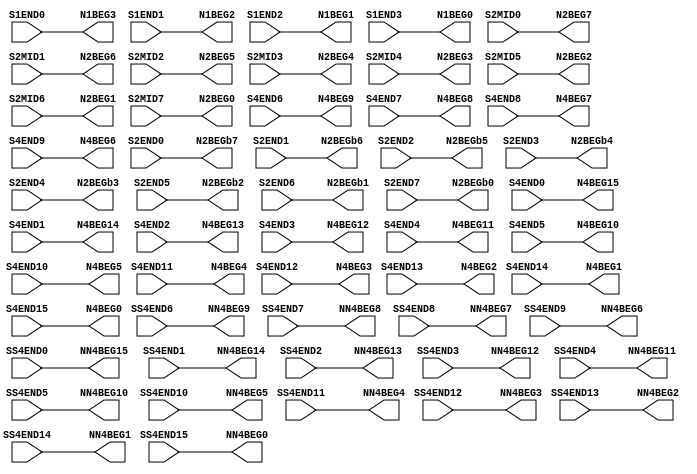
//NumberOfConfigBits:0
module S_term_DSP_switch_matrix (S1END0, S1END1, S1END2, S1END3, S2MID0, S2MID1, S2MID2, S2MID3, S2MID4, S2MID5, S2MID6, S2MID7, S2END0, S2END1, S2END2, S2END3, S2END4, S2END5, S2END6, S2END7, S4END0, S4END1, S4END2, S4END3, S4END4, S4END5, S4END6, S4END7, S4END8, S4END9, S4END10, S4END11, S4END12, S4END13, S4END14, S4END15, SS4END0, SS4END1, SS4END2, SS4END3, SS4END4, SS4END5, SS4END6, SS4END7, SS4END8, SS4END9, SS4END10, SS4END11, SS4END12, SS4END13, SS4END14, SS4END15, N1BEG0, N1BEG1, N1BEG2, N1BEG3, N2BEG0, N2BEG1, N2BEG2, N2BEG3, N2BEG4, N2BEG5, N2BEG6, N2BEG7, N2BEGb0, N2BEGb1, N2BEGb2, N2BEGb3, N2BEGb4, N2BEGb5, N2BEGb6, N2BEGb7, N4BEG0, N4BEG1, N4BEG2, N4BEG3, N4BEG4, N4BEG5, N4BEG6, N4BEG7, N4BEG8, N4BEG9, N4BEG10, N4BEG11, N4BEG12, N4BEG13, N4BEG14, N4BEG15, NN4BEG0, NN4BEG1, NN4BEG2, NN4BEG3, NN4BEG4, NN4BEG5, NN4BEG6, NN4BEG7, NN4BEG8, NN4BEG9, NN4BEG10, NN4BEG11, NN4BEG12, NN4BEG13, NN4BEG14, NN4BEG15);
	parameter NoConfigBits = 0;
	 // switch matrix inputs
	input S1END0;
	input S1END1;
	input S1END2;
	input S1END3;
	input S2MID0;
	input S2MID1;
	input S2MID2;
	input S2MID3;
	input S2MID4;
	input S2MID5;
	input S2MID6;
	input S2MID7;
	input S2END0;
	input S2END1;
	input S2END2;
	input S2END3;
	input S2END4;
	input S2END5;
	input S2END6;
	input S2END7;
	input S4END0;
	input S4END1;
	input S4END2;
	input S4END3;
	input S4END4;
	input S4END5;
	input S4END6;
	input S4END7;
	input S4END8;
	input S4END9;
	input S4END10;
	input S4END11;
	input S4END12;
	input S4END13;
	input S4END14;
	input S4END15;
	input SS4END0;
	input SS4END1;
	input SS4END2;
	input SS4END3;
	input SS4END4;
	input SS4END5;
	input SS4END6;
	input SS4END7;
	input SS4END8;
	input SS4END9;
	input SS4END10;
	input SS4END11;
	input SS4END12;
	input SS4END13;
	input SS4END14;
	input SS4END15;
	output N1BEG0;
	output N1BEG1;
	output N1BEG2;
	output N1BEG3;
	output N2BEG0;
	output N2BEG1;
	output N2BEG2;
	output N2BEG3;
	output N2BEG4;
	output N2BEG5;
	output N2BEG6;
	output N2BEG7;
	output N2BEGb0;
	output N2BEGb1;
	output N2BEGb2;
	output N2BEGb3;
	output N2BEGb4;
	output N2BEGb5;
	output N2BEGb6;
	output N2BEGb7;
	output N4BEG0;
	output N4BEG1;
	output N4BEG2;
	output N4BEG3;
	output N4BEG4;
	output N4BEG5;
	output N4BEG6;
	output N4BEG7;
	output N4BEG8;
	output N4BEG9;
	output N4BEG10;
	output N4BEG11;
	output N4BEG12;
	output N4BEG13;
	output N4BEG14;
	output N4BEG15;
	output NN4BEG0;
	output NN4BEG1;
	output NN4BEG2;
	output NN4BEG3;
	output NN4BEG4;
	output NN4BEG5;
	output NN4BEG6;
	output NN4BEG7;
	output NN4BEG8;
	output NN4BEG9;
	output NN4BEG10;
	output NN4BEG11;
	output NN4BEG12;
	output NN4BEG13;
	output NN4BEG14;
	output NN4BEG15;
	//global


	parameter GND0 = 1'b0;
	parameter GND = 1'b0;
	parameter VCC0 = 1'b1;
	parameter VCC = 1'b1;
	parameter VDD0 = 1'b1;
	parameter VDD = 1'b1;
	
	wire [1-1:0] N1BEG0_input;
	wire [1-1:0] N1BEG1_input;
	wire [1-1:0] N1BEG2_input;
	wire [1-1:0] N1BEG3_input;
	wire [1-1:0] N2BEG0_input;
	wire [1-1:0] N2BEG1_input;
	wire [1-1:0] N2BEG2_input;
	wire [1-1:0] N2BEG3_input;
	wire [1-1:0] N2BEG4_input;
	wire [1-1:0] N2BEG5_input;
	wire [1-1:0] N2BEG6_input;
	wire [1-1:0] N2BEG7_input;
	wire [1-1:0] N2BEGb0_input;
	wire [1-1:0] N2BEGb1_input;
	wire [1-1:0] N2BEGb2_input;
	wire [1-1:0] N2BEGb3_input;
	wire [1-1:0] N2BEGb4_input;
	wire [1-1:0] N2BEGb5_input;
	wire [1-1:0] N2BEGb6_input;
	wire [1-1:0] N2BEGb7_input;
	wire [1-1:0] N4BEG0_input;
	wire [1-1:0] N4BEG1_input;
	wire [1-1:0] N4BEG2_input;
	wire [1-1:0] N4BEG3_input;
	wire [1-1:0] N4BEG4_input;
	wire [1-1:0] N4BEG5_input;
	wire [1-1:0] N4BEG6_input;
	wire [1-1:0] N4BEG7_input;
	wire [1-1:0] N4BEG8_input;
	wire [1-1:0] N4BEG9_input;
	wire [1-1:0] N4BEG10_input;
	wire [1-1:0] N4BEG11_input;
	wire [1-1:0] N4BEG12_input;
	wire [1-1:0] N4BEG13_input;
	wire [1-1:0] N4BEG14_input;
	wire [1-1:0] N4BEG15_input;
	wire [1-1:0] NN4BEG0_input;
	wire [1-1:0] NN4BEG1_input;
	wire [1-1:0] NN4BEG2_input;
	wire [1-1:0] NN4BEG3_input;
	wire [1-1:0] NN4BEG4_input;
	wire [1-1:0] NN4BEG5_input;
	wire [1-1:0] NN4BEG6_input;
	wire [1-1:0] NN4BEG7_input;
	wire [1-1:0] NN4BEG8_input;
	wire [1-1:0] NN4BEG9_input;
	wire [1-1:0] NN4BEG10_input;
	wire [1-1:0] NN4BEG11_input;
	wire [1-1:0] NN4BEG12_input;
	wire [1-1:0] NN4BEG13_input;
	wire [1-1:0] NN4BEG14_input;
	wire [1-1:0] NN4BEG15_input;


// The configuration bits (if any) are just a long shift register

// This shift register is padded to an even number of flops/latches
// switch matrix multiplexer  N1BEG0 		MUX-1
	assign N1BEG0 = S1END3;
// switch matrix multiplexer  N1BEG1 		MUX-1
	assign N1BEG1 = S1END2;
// switch matrix multiplexer  N1BEG2 		MUX-1
	assign N1BEG2 = S1END1;
// switch matrix multiplexer  N1BEG3 		MUX-1
	assign N1BEG3 = S1END0;
// switch matrix multiplexer  N2BEG0 		MUX-1
	assign N2BEG0 = S2MID7;
// switch matrix multiplexer  N2BEG1 		MUX-1
	assign N2BEG1 = S2MID6;
// switch matrix multiplexer  N2BEG2 		MUX-1
	assign N2BEG2 = S2MID5;
// switch matrix multiplexer  N2BEG3 		MUX-1
	assign N2BEG3 = S2MID4;
// switch matrix multiplexer  N2BEG4 		MUX-1
	assign N2BEG4 = S2MID3;
// switch matrix multiplexer  N2BEG5 		MUX-1
	assign N2BEG5 = S2MID2;
// switch matrix multiplexer  N2BEG6 		MUX-1
	assign N2BEG6 = S2MID1;
// switch matrix multiplexer  N2BEG7 		MUX-1
	assign N2BEG7 = S2MID0;
// switch matrix multiplexer  N2BEGb0 		MUX-1
	assign N2BEGb0 = S2END7;
// switch matrix multiplexer  N2BEGb1 		MUX-1
	assign N2BEGb1 = S2END6;
// switch matrix multiplexer  N2BEGb2 		MUX-1
	assign N2BEGb2 = S2END5;
// switch matrix multiplexer  N2BEGb3 		MUX-1
	assign N2BEGb3 = S2END4;
// switch matrix multiplexer  N2BEGb4 		MUX-1
	assign N2BEGb4 = S2END3;
// switch matrix multiplexer  N2BEGb5 		MUX-1
	assign N2BEGb5 = S2END2;
// switch matrix multiplexer  N2BEGb6 		MUX-1
	assign N2BEGb6 = S2END1;
// switch matrix multiplexer  N2BEGb7 		MUX-1
	assign N2BEGb7 = S2END0;
// switch matrix multiplexer  N4BEG0 		MUX-1
	assign N4BEG0 = S4END15;
// switch matrix multiplexer  N4BEG1 		MUX-1
	assign N4BEG1 = S4END14;
// switch matrix multiplexer  N4BEG2 		MUX-1
	assign N4BEG2 = S4END13;
// switch matrix multiplexer  N4BEG3 		MUX-1
	assign N4BEG3 = S4END12;
// switch matrix multiplexer  N4BEG4 		MUX-1
	assign N4BEG4 = S4END11;
// switch matrix multiplexer  N4BEG5 		MUX-1
	assign N4BEG5 = S4END10;
// switch matrix multiplexer  N4BEG6 		MUX-1
	assign N4BEG6 = S4END9;
// switch matrix multiplexer  N4BEG7 		MUX-1
	assign N4BEG7 = S4END8;
// switch matrix multiplexer  N4BEG8 		MUX-1
	assign N4BEG8 = S4END7;
// switch matrix multiplexer  N4BEG9 		MUX-1
	assign N4BEG9 = S4END6;
// switch matrix multiplexer  N4BEG10 		MUX-1
	assign N4BEG10 = S4END5;
// switch matrix multiplexer  N4BEG11 		MUX-1
	assign N4BEG11 = S4END4;
// switch matrix multiplexer  N4BEG12 		MUX-1
	assign N4BEG12 = S4END3;
// switch matrix multiplexer  N4BEG13 		MUX-1
	assign N4BEG13 = S4END2;
// switch matrix multiplexer  N4BEG14 		MUX-1
	assign N4BEG14 = S4END1;
// switch matrix multiplexer  N4BEG15 		MUX-1
	assign N4BEG15 = S4END0;
// switch matrix multiplexer  NN4BEG0 		MUX-1
	assign NN4BEG0 = SS4END15;
// switch matrix multiplexer  NN4BEG1 		MUX-1
	assign NN4BEG1 = SS4END14;
// switch matrix multiplexer  NN4BEG2 		MUX-1
	assign NN4BEG2 = SS4END13;
// switch matrix multiplexer  NN4BEG3 		MUX-1
	assign NN4BEG3 = SS4END12;
// switch matrix multiplexer  NN4BEG4 		MUX-1
	assign NN4BEG4 = SS4END11;
// switch matrix multiplexer  NN4BEG5 		MUX-1
	assign NN4BEG5 = SS4END10;
// switch matrix multiplexer  NN4BEG6 		MUX-1
	assign NN4BEG6 = SS4END9;
// switch matrix multiplexer  NN4BEG7 		MUX-1
	assign NN4BEG7 = SS4END8;
// switch matrix multiplexer  NN4BEG8 		MUX-1
	assign NN4BEG8 = SS4END7;
// switch matrix multiplexer  NN4BEG9 		MUX-1
	assign NN4BEG9 = SS4END6;
// switch matrix multiplexer  NN4BEG10 		MUX-1
	assign NN4BEG10 = SS4END5;
// switch matrix multiplexer  NN4BEG11 		MUX-1
	assign NN4BEG11 = SS4END4;
// switch matrix multiplexer  NN4BEG12 		MUX-1
	assign NN4BEG12 = SS4END3;
// switch matrix multiplexer  NN4BEG13 		MUX-1
	assign NN4BEG13 = SS4END2;
// switch matrix multiplexer  NN4BEG14 		MUX-1
	assign NN4BEG14 = SS4END1;
// switch matrix multiplexer  NN4BEG15 		MUX-1
	assign NN4BEG15 = SS4END0;

endmodule